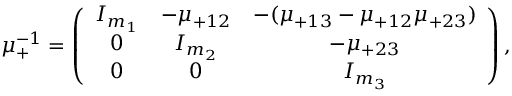
\mu _ { + } ^ { - 1 } = \left( \begin{array} { c c c } { { I _ { m _ { 1 } } } } & { { - \mu _ { + 1 2 } } } & { { - ( \mu _ { + 1 3 } - \mu _ { + 1 2 } \mu _ { + 2 3 } ) } } \\ { { 0 } } & { { I _ { m _ { 2 } } } } & { { - \mu _ { + 2 3 } } } \\ { { 0 } } & { { 0 } } & { { I _ { m _ { 3 } } } } \end{array} \right) ,